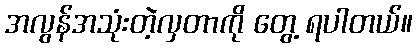
အလွန်အသုံးတဲ့လှတာကို တွေ့ ရပါတယ်။